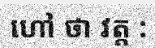
ហៅ ថា វត្ត :